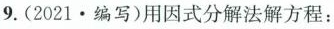
9.(2021.编写)用因式分解法解方程：